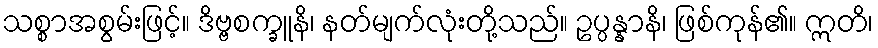
သစ္စာအစွမ်းဖြင့်။ ဒိဗ္ဗစက္ခူနိ၊ နတ်မျက်လုံးတို့သည်။ ဥပ္ပန္နာနိ၊ ဖြစ်ကုန်၏။ ဣတိ၊